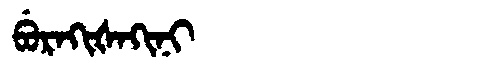
Manchu: ᠪᡠᡵᠠᡴᡳᡧᠠᡴᡳᠨᡳ
Romanization: BURAKIŠAKINI